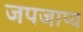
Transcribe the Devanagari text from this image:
जपजाप्य